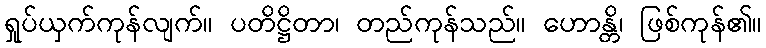
ရှုပ်ယှက်ကုန်လျက်။ ပတိဋ္ဌိတာ၊ တည်ကုန်သည်။ ဟောန္တိ၊ ဖြစ်ကုန်၏။